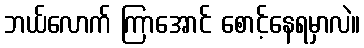
ဘယ်လောက် ကြာအောင် စောင့်နေရမှာလဲ။